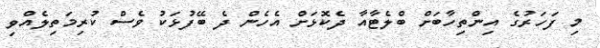
މި ފަހަރުގެ އިންތިހާބަށް ބްލެޓާއާ ދެކޮޅަށް އެހެން ދެ ބޭފުޅަކު ވެސް ކުރިމަތިލެއްވި